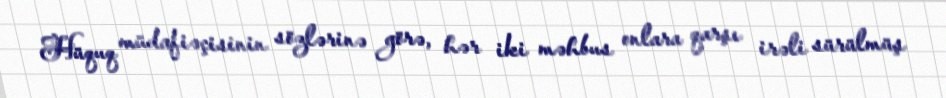
Hüquq müdafiəçisinin sözlərinə görə, hər iki məhbus onlara qarşı irəli sürülmüş